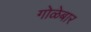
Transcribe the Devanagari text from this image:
गोळेबार